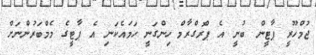
ޖުމްހޫރީ ޕާޓީން ބުނީ އެ ޕްރޮގްރާމް ހިންގަނީ ހަމައެކަނި އެ ޕާޓީގެ މެމްބަރުންނަށް